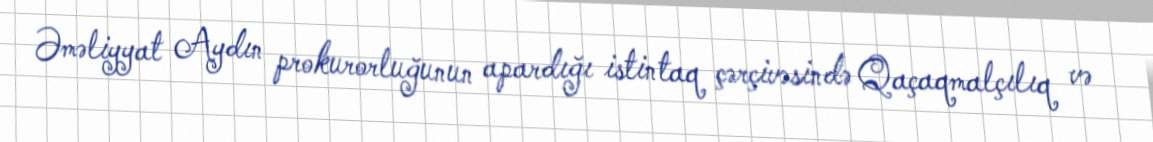
Əməliyyat Aydın prokurorluğunun apardığı istintaq çərçivəsində Qaçaqmalçılıq və